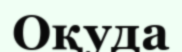
Оқуда